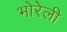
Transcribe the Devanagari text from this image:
भोरेली